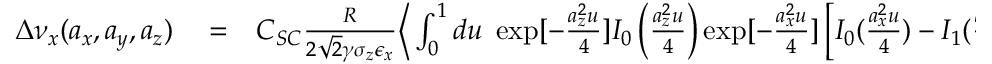
\begin{array} { r l r } { \Delta \nu _ { x } ( a _ { x } , a _ { y } , a _ { z } ) } & { { } = } & { C _ { S C } \frac { R } { 2 \sqrt { 2 } \gamma \sigma _ { z } \epsilon _ { x } } { \Big \langle } \int _ { 0 } ^ { 1 } d u \; \exp [ - \frac { a _ { z } ^ { 2 } u } { 4 } ] I _ { 0 } \left( \frac { a _ { z } ^ { 2 } u } { 4 } \right) \exp [ - \frac { a _ { x } ^ { 2 } u } { 4 } ] \left[ I _ { 0 } ( \frac { a _ { x } ^ { 2 } u } { 4 } ) - I _ { 1 } ( \frac { a _ { x } ^ { 2 } u } { 4 } ) \right] } \end{array}